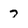
Character: 7